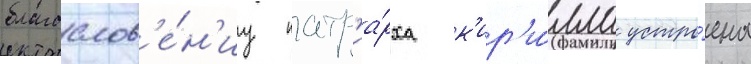
благослов'е́н'иу патр'иа́рха к'ир'и́лла устро́ена